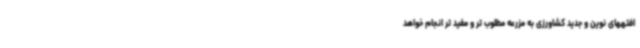
افتههای نوین و جدید کشاورزی به مزرعه مطلوب تر و مفید تر انجام خواهد